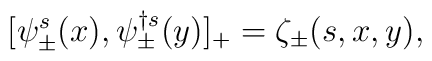
[\psi_{\pm}^{s}(x) , \psi_{\pm}^{\dagger s}(y)]_{+}=\zeta_{\pm} (s,x,y),